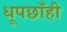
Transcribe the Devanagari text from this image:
धूपछाँही